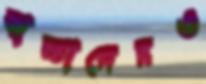
বাচ্চাদেরও